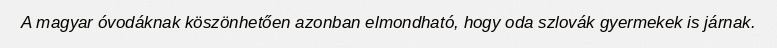
A magyar óvodáknak köszönhetően azonban elmondható, hogy oda szlovák gyermekek is járnak.